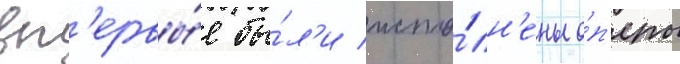
вп'ервы́е бы́л'и испо́лн'ены о́п'еры